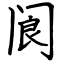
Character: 阆